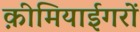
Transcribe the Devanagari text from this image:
क़ीमियाईगरों